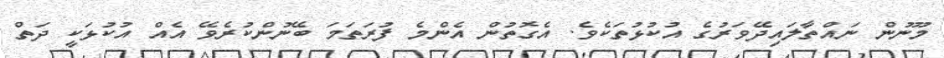
މޫނުން ނައްތާލައިދޭވަރުގެ އުކުޅުތަކެވެ. އެގޮތުން އެންމެ ފުރަތަމަ ބޭނުންކުރެވޭ އެއް އުކުޅަކީ ދަތް